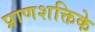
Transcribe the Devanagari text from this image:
प्राणशक्तिके